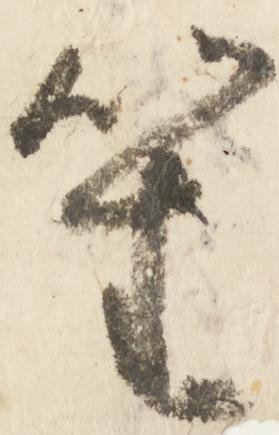
笙